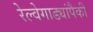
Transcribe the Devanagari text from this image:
रेल्वेगाड्यांपैकी